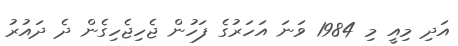
އަދި މިއީ މި 1984 ވަނަ އަހަރުގެ ފަހުން ޖެހިޖެހިގެން ދެ ދައުރު